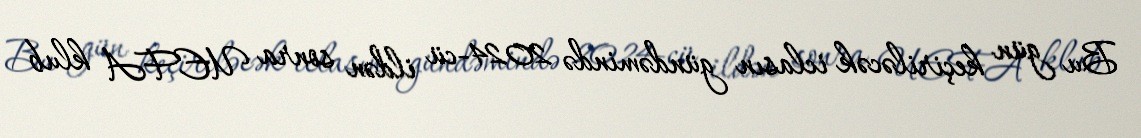
Bu gün keçiriləcək iclasın gündəmində 2024-cü ildən sonra UEFA klub